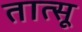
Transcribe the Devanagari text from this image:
तात्सू